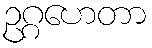
ဥဂ္ဂဟေတာ